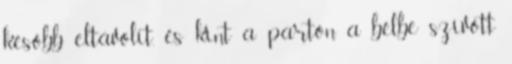
később eltávolít, és kint a parton a bélbe szívott